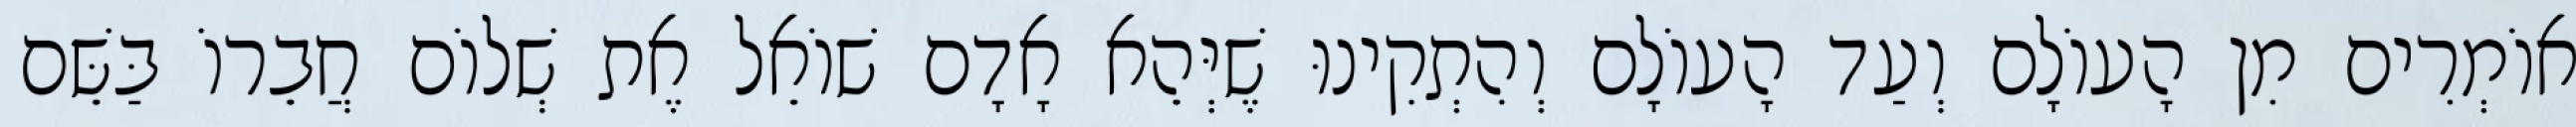
אוֹמְרִים מִן הָעוֹלָם וְעַד הָעוֹלָם וְהִתְקִינוּ שֶׁיְּהֵא אָדָם שׁוֹאֵל אֶת שְׁלוֹם חֲבֵרוֹ בַּשֵּׁם